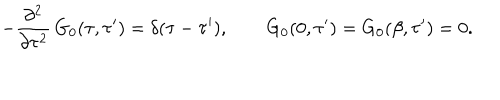
LaTeX: - \frac { \partial ^ { 2 } } { \partial \tau ^ { 2 } } \, G _ { 0 } ( \tau , \tau ^ { \prime } ) = \delta ( \tau - \tau ^ { \prime } ) , \qquad G _ { 0 } ( 0 , \tau ^ { \prime } ) = G _ { 0 } ( \beta , \tau ^ { \prime } ) = 0 .